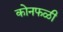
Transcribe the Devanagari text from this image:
कोनफळी